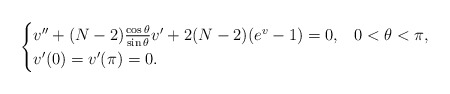
\begin{align*}\begin{cases}v''+(N-2)\frac{\cos\theta}{\sin\theta}v'+2(N-2)(e^v-1)=0, & 0<\theta<\pi,\\v'(0)=v'(\pi)=0.\end{cases}\end{align*}